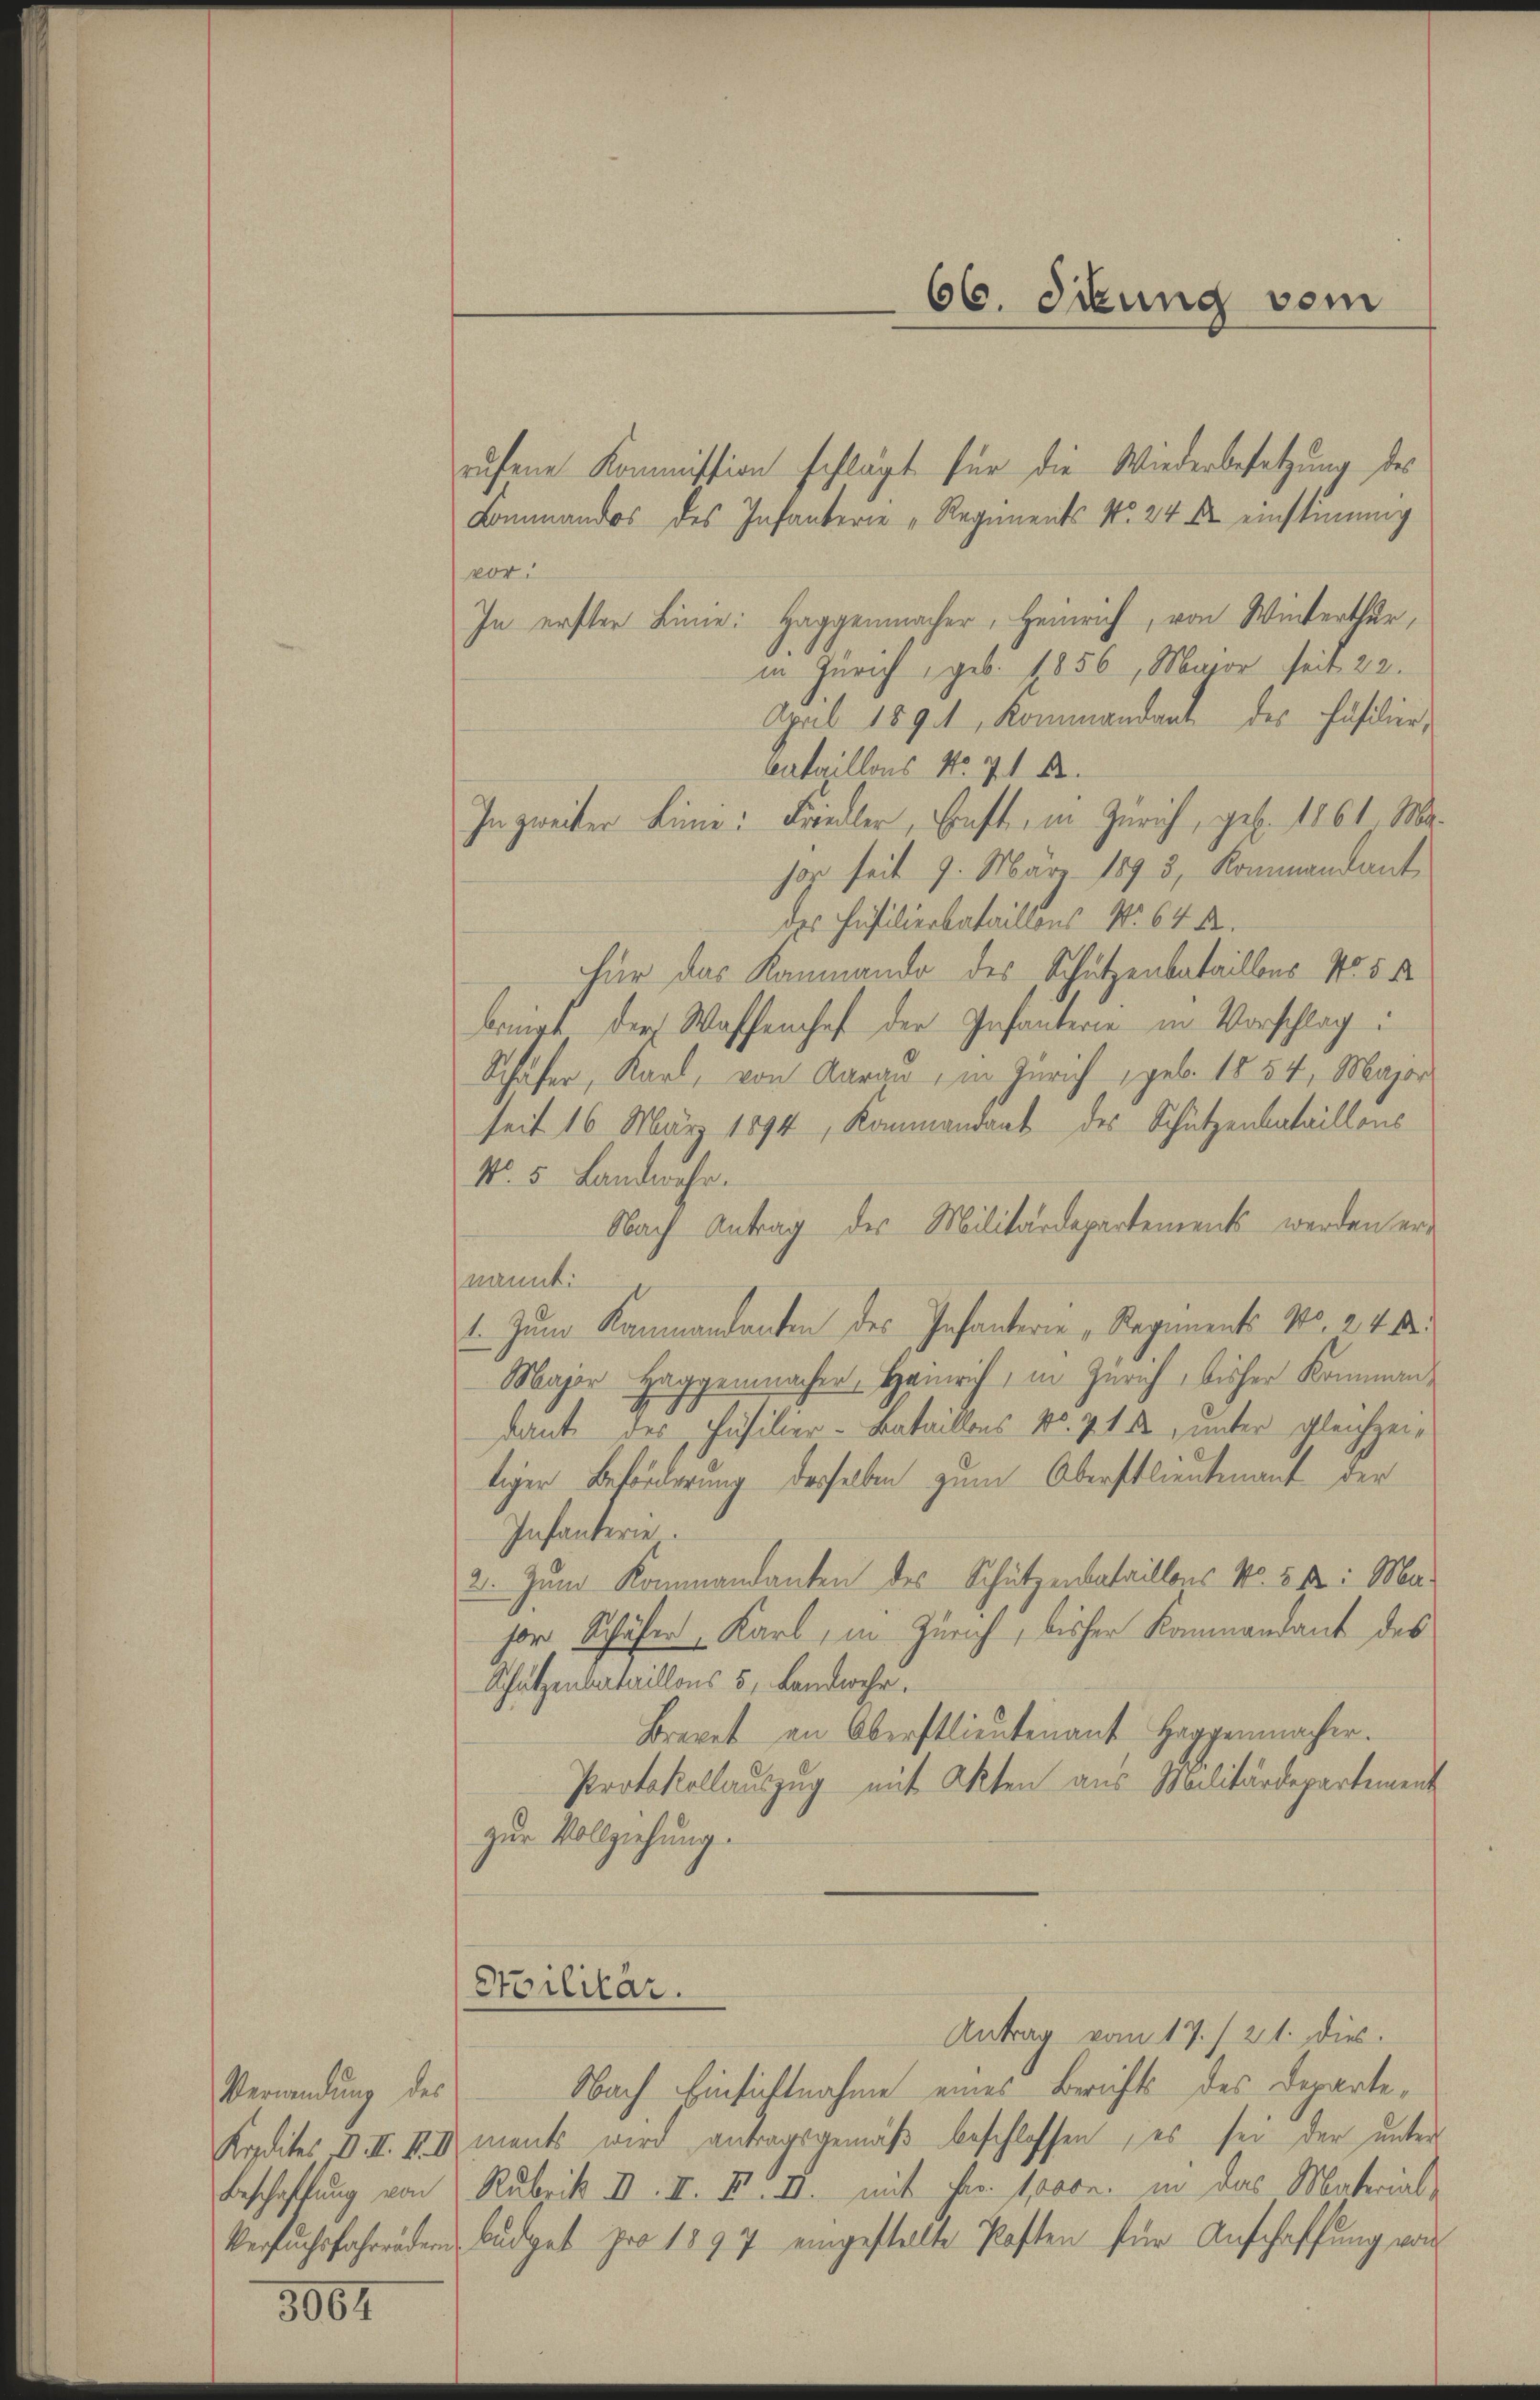
Verwendung des

3964

Stoilitär.

66. Sitzung vom

rufene Kommission schlägt für die Wiederbesetzung des
Lommandos des Infanterie Regiments No. 24 Xr einstimmig
vor.
In erster Linie: Haggenmacher, Heinrich, von Winterthur,
in Zürich, geb. 1856, Major seit 22.
April 1891, Kommandant des Füsilier,
Cataillons No. 71 B.
In zweiter Linie: Friedler, sonst in Zürich, geb. 1861. Ma
hor seit 9. März 1895, Kommandant
des Füsilierbataillons No 64 f.
Für das Raumando des Schützenbatailles No 5 k
bringt der Waffenhof der Infanterie in Vorschlag:
Schäfer, Karl, von Aarau, in Zürich, geb. 1854, Major
seit 16 März 1894, Kommandant des Schutzenbataillons
No. 5. Landwehr.
Nach Antrag des Militärdepartement werden er
nannt:
1. Zum Rammandanten des Infanterie Regiments No. 24 de
Major Haggenmachen, Heinrich, in Zürich, bisher Kommandant des Füsilier-Bataillons No. 714, unter gleichzeitiger Beförderung derselben zum Oberstlieutenant der
Infanterie.
2. Zum Kommandanten des Schützenbataillons No. 52: Ma-
sor Schöfer Karl, in Zürich, bisher Kommandant des
Schatzenbataillons 5, Landwehr.
Brevet an Oberstlieutenant Haggenmacher.
Protokollauszug mit Akten aus Militärdepartement
zur Vollziehung.

Antrag vom 17./21. dies.
Nach Einsichtnahme eines Berichts des Departe¬
Kredites d. II. III ments wird antragsgemäß beschlossen, es sei der unter-
Beschaffung von Rubrik II. II. F. II. mit Fr. 1000. in das Material-
Verfŭchsfahrenden Budget pro 1897 eingestellte Pasten für Anschaffung von